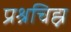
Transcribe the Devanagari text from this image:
प्रश्रचिह्न